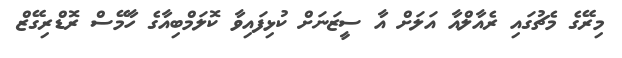
މިރޭގެ މެޗުގައި ރެއާލްއާ އަލަށް އާ ސީޒަނަށް ކުޅިފައިވާ ކޮލަމްބިއާގެ ހާމޭސް ރޮޑްރިގޭޒް